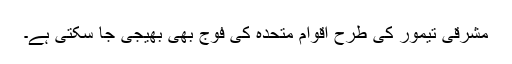
مشرقی تیمور کی طرح اقوام متحدہ کی فوج بھی بھیجی جا سکتی ہے۔